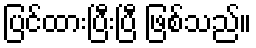
ပြင်ထားပြီးပြီ ဖြစ်သည်။